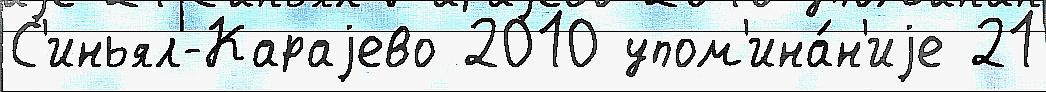
С'иньял-Караjево 2010 упом'ина́н'иjе 21